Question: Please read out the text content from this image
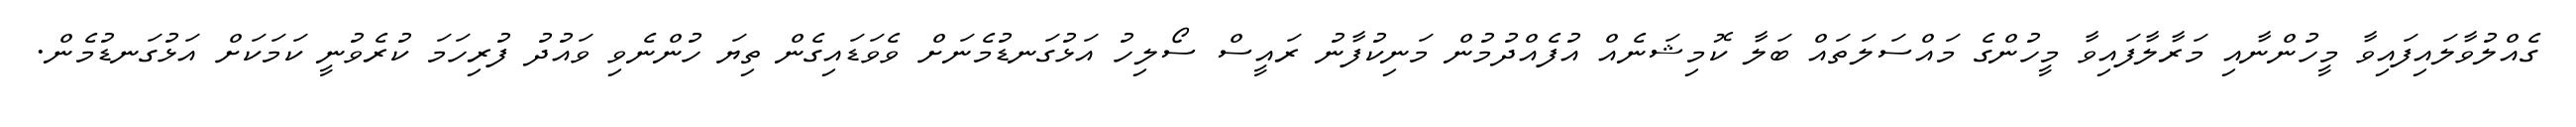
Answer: ގެއްލުވާލައިފައިވާ މީހުންނާއި މަރާލާފައިވާ މީހުންގެ މައްސަލަތައް ބަލާ ކޮމިޝަނެއް އުފެއްދުމުން މަނިކުފާނު ރައީސް ސޯލިހު އަޅުގަނޑުމެނަށް ވެވަޑައިގެން ތިޔަ ހުންނެވި ވައުދު ފުރިހަމަ ކުރެވުނީ ކަމަކަށް އަޅުގަނޑުމެން.